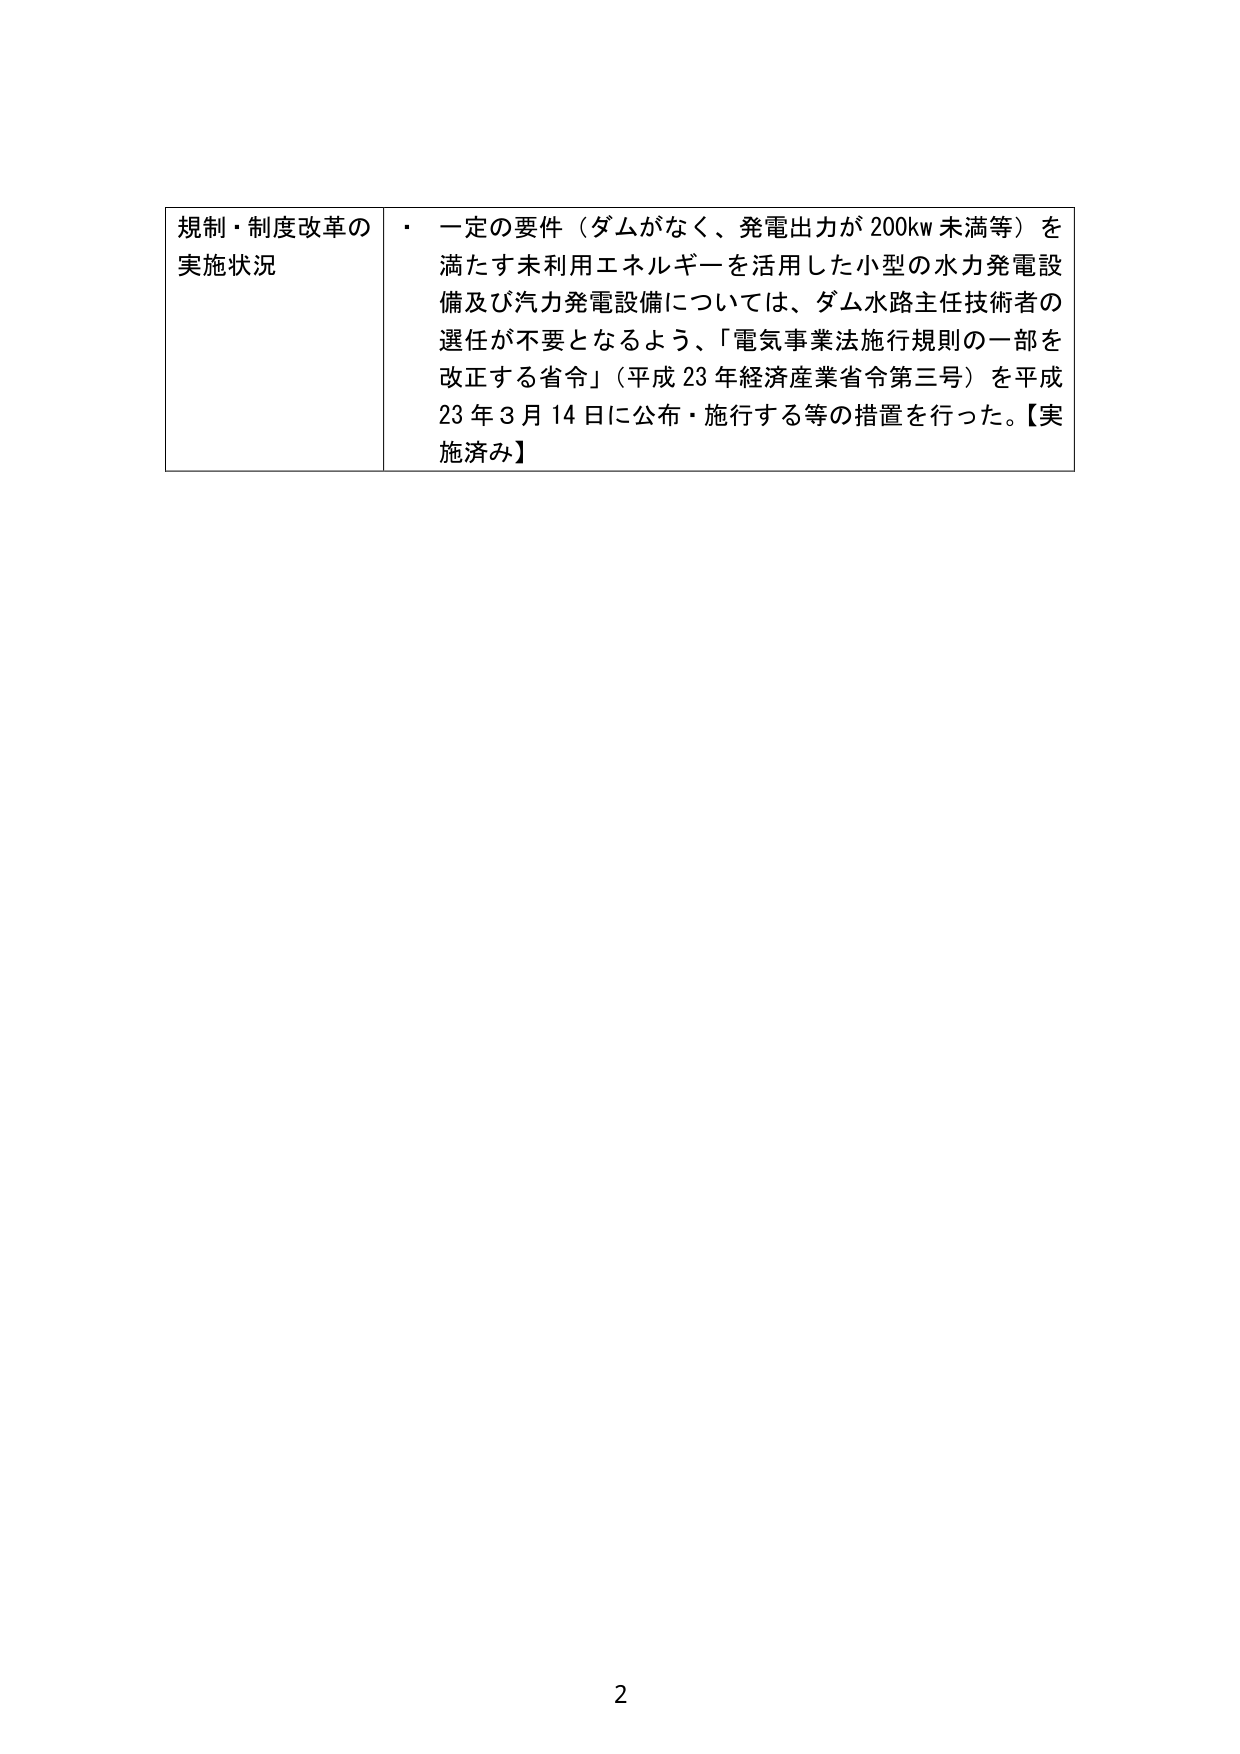
規制・制度改革の
実施状況
・ 一定の要件（ダムがなく、発電出力が200kw未満等）を
満たす未利用エネルギーを活用した小型の水力発電設備及び汽力発電設備については、ダム水路主任技術者の
選任が不要となるよう、「電気事業法施行規則の一部を
改正する省令」（平成23年経済産業省令第三号）を平成
23年3月14日に公布・施行する等の措置を行った。【実
施済み】
2